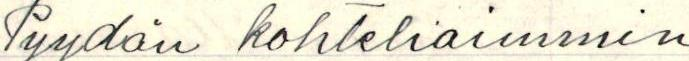
Pyydän kohteliaimmin